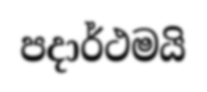
පදාර්ථමයි